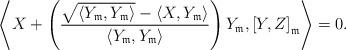
LaTeX: \begin{align*}{}\left\langle X + \left( \dfrac{\sqrt{\left\langle Y_{\mathfrak{m}}, Y_{\mathfrak{m}}\right\rangle }- \left\langle X, Y_{\mathfrak{m}}\right\rangle}{\left\langle Y_{\mathfrak{m}}, Y_{\mathfrak{m}}\right\rangle }\right) Y_{\mathfrak{m}}, \left[Y, Z \right]_{\mathfrak{m}} \right\rangle =0.\end{align*}